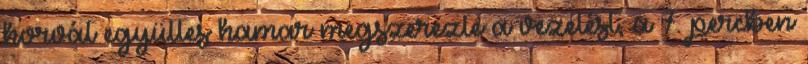
horvát együttes hamar megszerezte a vezetést, a 7. percben